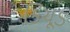
કિચૂડ